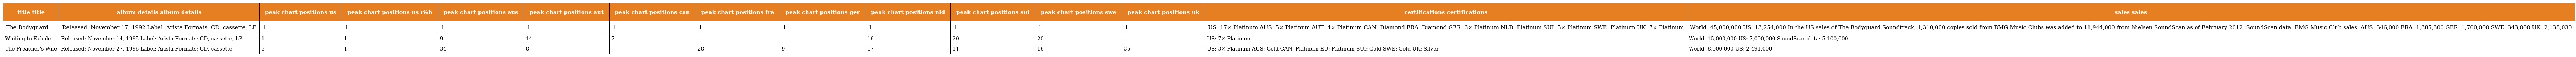
| title title | album details album details | peak chart positions us | peak chart positions us r&b | peak chart positions aus | peak chart positions aut | peak chart positions can | peak chart positions fra | peak chart positions ger | peak chart positions nld | peak chart positions sui | peak chart positions swe | peak chart positions uk | certifications certifications | sales sales |
 | --- | --- | --- | --- | --- | --- | --- | --- | --- | --- | --- | --- | --- | --- | --- |
 | The Bodyguard | Released: November 17, 1992 Label: Arista Formats: CD, cassette, LP | 1 | 1 | 1 | 1 | 1 | 1 | 1 | 1 | 1 | 1 | 1 | US: 17× Platinum AUS: 5× Platinum AUT: 4× Platinum CAN: Diamond FRA: Diamond GER: 3× Platinum NLD: Platinum SUI: 5× Platinum SWE: Platinum UK: 7× Platinum | World: 45,000,000 US: 13,254,000 In the US sales of The Bodyguard Soundtrack, 1,310,000 copies sold from BMG Music Clubs was added to 11,944,000 from Nielsen SoundScan as of February 2012. SoundScan data: BMG Music Club sales: AUS: 346,000 FRA: 1,385,300 GER: 1,700,000 SWE: 343,000 UK: 2,138,030 |
 | Waiting to Exhale | Released: November 14, 1995 Label: Arista Formats: CD, cassette, LP | 1 | 1 | 9 | 14 | 7 | ― | ― | 16 | 20 | 20 | ― | US: 7× Platinum | World: 15,000,000 US: 7,000,000 SoundScan data: 5,100,000 |
 | The Preacher's Wife | Released: November 27, 1996 Label: Arista Formats: CD, cassette | 3 | 1 | 34 | 8 | ― | 28 | 9 | 17 | 11 | 16 | 35 | US: 3× Platinum AUS: Gold CAN: Platinum EU: Platinum SUI: Gold SWE: Gold UK: Silver | World: 8,000,000 US: 2,491,000 |